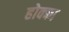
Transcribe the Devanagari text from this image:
होक्का